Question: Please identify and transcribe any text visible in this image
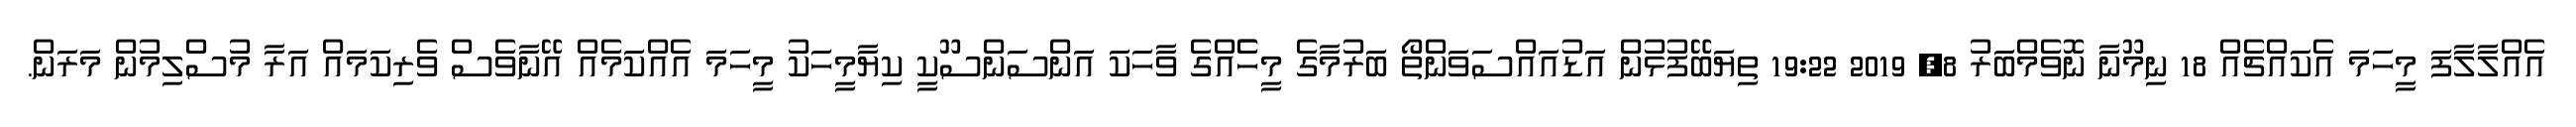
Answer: އެއްލާލާފަ މީހަމަ އެކައްޗެއް 18 ނިމޫނާ ނޮވެމްބަރު 8, 2019 19:22 ތިޔަބޭފުޅުން އަޑުއައްސަވަންތޯ ބަރުމާގެ މީހެެއްގެ ވާހަކަ އަންސަންސޫކީ ކިޔާމީހަކު މީހަމަ އެއްކަމެއް އޭނާވެސް ވެރިކަމައް އަރާ މުސްލިމުން މަރަން.